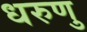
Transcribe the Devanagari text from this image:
धरुणु